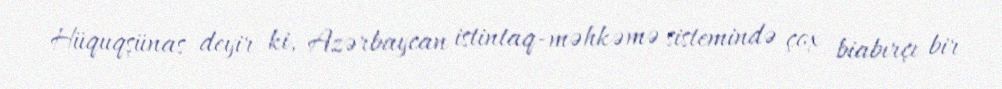
Hüquqşünas deyir ki, Azərbaycan istintaq-məhkəmə sistemində çox biabırçı bir